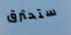
ستحترق